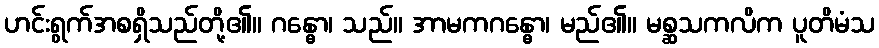
ဟင်းရွက်အစရှိသည်တို့၏။ ဂန္ဓော၊ သည်။ အာမကဂန္ဓော၊ မည်၏။ မစ္ဆသကလိက ပူတိမံသ